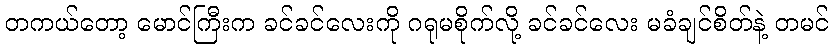
တကယ်တော့ မောင်ကြီးက ခင်ခင်လေးကို ဂရုမစိုက်လို့ ခင်ခင်လေး မခံချင်စိတ်နဲ့ တမင်